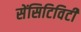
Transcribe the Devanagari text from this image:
सेंसिटिविटी